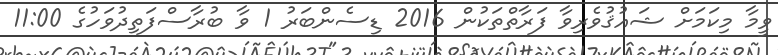
ވީމާ މިކަމަށް ޝައުޤުވެރިވާ ފަރާތްތަކުން 2016 ޑިސެންބަރު 1 ވާ ބުރާސްފަތިދުވަހުގެ 11:00